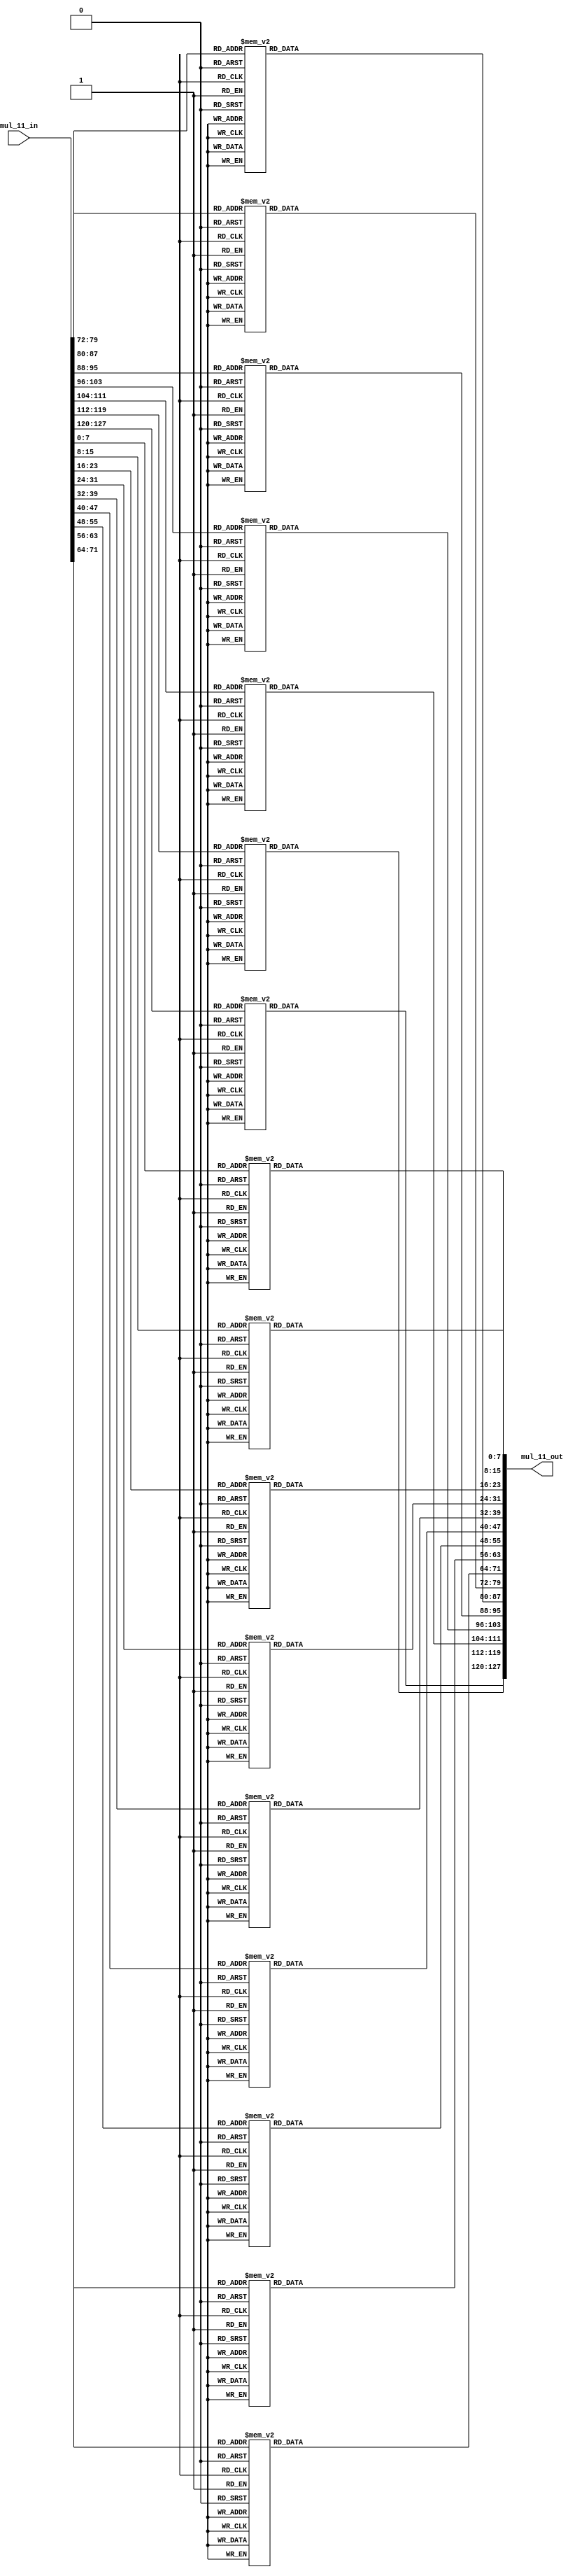
`timescale 1ns / 1ps

module mul_11(
	input [127:0] mul_11_in,
	output [127:0] mul_11_out
	);
	
	reg [127:0] mul_11_in_reg;
	reg [127:0] mul_11_out_reg;
	
	always @*
    begin
	    mul_11_in_reg = mul_11_in;
	    
	    mul_11_out_reg[7:0] = mul_by_11(mul_11_in_reg[7:0]);
	    mul_11_out_reg[15:8] = mul_by_11(mul_11_in_reg[15:8]);
	    mul_11_out_reg[23:16] = mul_by_11(mul_11_in_reg[23:16]);
	    mul_11_out_reg[31:24] = mul_by_11(mul_11_in_reg[31:24]);
	    mul_11_out_reg[39:32] = mul_by_11(mul_11_in_reg[39:32]);
	    mul_11_out_reg[47:40] = mul_by_11(mul_11_in_reg[47:40]);
	    mul_11_out_reg[55:48] = mul_by_11(mul_11_in_reg[55:48]);
	    mul_11_out_reg[63:56] = mul_by_11(mul_11_in_reg[63:56]);
	    mul_11_out_reg[71:64] = mul_by_11(mul_11_in_reg[71:64]);
	    mul_11_out_reg[79:72] = mul_by_11(mul_11_in_reg[79:72]);
	    mul_11_out_reg[87:80] = mul_by_11(mul_11_in_reg[87:80]);
	    mul_11_out_reg[95:88] = mul_by_11(mul_11_in_reg[95:88]);
	    mul_11_out_reg[103:96] = mul_by_11(mul_11_in_reg[103:96]);
	    mul_11_out_reg[111:104] = mul_by_11(mul_11_in_reg[111:104]);
	    mul_11_out_reg[119:112] = mul_by_11(mul_11_in_reg[119:112]);
	    mul_11_out_reg[127:120] = mul_by_11(mul_11_in_reg[127:120]);

	    
    end
    
    assign mul_11_out = mul_11_out_reg;

	function [7:0] mul_by_11;
    input [7:0] x;
 
    case (x)
      8'h00 : mul_by_11 = 8'h00;
      8'h01 : mul_by_11 = 8'h0B;
      8'h02 : mul_by_11 = 8'h16;
      8'h03 : mul_by_11 = 8'h1D;
      8'h04 : mul_by_11 = 8'h2C;
      8'h05 : mul_by_11 = 8'h27;
      8'h06 : mul_by_11 = 8'h3A;
      8'h07 : mul_by_11 = 8'h31;
      8'h08 : mul_by_11 = 8'h58;
      8'h09 : mul_by_11 = 8'h53;
      8'h0A : mul_by_11 = 8'h4E;
      8'h0B : mul_by_11 = 8'h45;
      8'h0C : mul_by_11 = 8'h74;
      8'h0D : mul_by_11 = 8'h7F;
      8'h0E : mul_by_11 = 8'h62;
      8'h0F : mul_by_11 = 8'h69;
      8'h10 : mul_by_11 = 8'hB0;
      8'h11 : mul_by_11 = 8'hBB;
      8'h12 : mul_by_11 = 8'hA6;
      8'h13 : mul_by_11 = 8'hAD;
      8'h14 : mul_by_11 = 8'h9C;
      8'h15 : mul_by_11 = 8'h97;
      8'h16 : mul_by_11 = 8'h8A;
      8'h17 : mul_by_11 = 8'h81;
      8'h18 : mul_by_11 = 8'hE8;
      8'h19 : mul_by_11 = 8'hE3;
      8'h1A : mul_by_11 = 8'hFE;
      8'h1B : mul_by_11 = 8'hF5;
      8'h1C : mul_by_11 = 8'hC4;
      8'h1D : mul_by_11 = 8'hCF;
      8'h1E : mul_by_11 = 8'hD2;
      8'h1F : mul_by_11 = 8'hD9;
      8'h20 : mul_by_11 = 8'h7B;
      8'h21 : mul_by_11 = 8'h70;
      8'h22 : mul_by_11 = 8'h6D;
      8'h23 : mul_by_11 = 8'h66;
      8'h24 : mul_by_11 = 8'h57;
      8'h25 : mul_by_11 = 8'h5C;
      8'h26 : mul_by_11 = 8'h41;
      8'h27 : mul_by_11 = 8'h4A;
      8'h28 : mul_by_11 = 8'h23;
      8'h29 : mul_by_11 = 8'h28;
      8'h2A : mul_by_11 = 8'h35;
      8'h2B : mul_by_11 = 8'h3E;
      8'h2C : mul_by_11 = 8'h0F;
      8'h2D : mul_by_11 = 8'h04;
      8'h2E : mul_by_11 = 8'h19;
      8'h2F : mul_by_11 = 8'h12;
      8'h30 : mul_by_11 = 8'hCB;
      8'h31 : mul_by_11 = 8'hC0;
      8'h32 : mul_by_11 = 8'hDD;
      8'h33 : mul_by_11 = 8'hD6;
      8'h34 : mul_by_11 = 8'hE7;
      8'h35 : mul_by_11 = 8'hEC;
      8'h36 : mul_by_11 = 8'hF1;
      8'h37 : mul_by_11 = 8'hFA;
      8'h38 : mul_by_11 = 8'h93;
      8'h39 : mul_by_11 = 8'h98;
      8'h3A : mul_by_11 = 8'h85;
      8'h3B : mul_by_11 = 8'h8E;
      8'h3C : mul_by_11 = 8'hBF;
      8'h3D : mul_by_11 = 8'hB4;
      8'h3E : mul_by_11 = 8'hA9;
      8'h3F : mul_by_11 = 8'hA2;
      8'h40 : mul_by_11 = 8'hF6;
      8'h41 : mul_by_11 = 8'hFD;
      8'h42 : mul_by_11 = 8'hE0;
      8'h43 : mul_by_11 = 8'hEB;
      8'h44 : mul_by_11 = 8'hDA;
      8'h45 : mul_by_11 = 8'hD1;
      8'h46 : mul_by_11 = 8'hCC;
      8'h47 : mul_by_11 = 8'hC7;
      8'h48 : mul_by_11 = 8'hAE;
      8'h49 : mul_by_11 = 8'hA5;
      8'h4A : mul_by_11 = 8'hB8;
      8'h4B : mul_by_11 = 8'hB3;
      8'h4C : mul_by_11 = 8'h82;
      8'h4D : mul_by_11 = 8'h89;
      8'h4E : mul_by_11 = 8'h94;
      8'h4F : mul_by_11 = 8'h9F;
      8'h50 : mul_by_11 = 8'h46;
      8'h51 : mul_by_11 = 8'h4D;
      8'h52 : mul_by_11 = 8'h50;
      8'h53 : mul_by_11 = 8'h5B;
      8'h54 : mul_by_11 = 8'h6A;
      8'h55 : mul_by_11 = 8'h61;
      8'h56 : mul_by_11 = 8'h7C;
      8'h57 : mul_by_11 = 8'h77;
      8'h58 : mul_by_11 = 8'h1E;
      8'h59 : mul_by_11 = 8'h15;
      8'h5A : mul_by_11 = 8'h08;
      8'h5B : mul_by_11 = 8'h03;
      8'h5C : mul_by_11 = 8'h32;
      8'h5D : mul_by_11 = 8'h39;
      8'h5E : mul_by_11 = 8'h24;
      8'h5F : mul_by_11 = 8'h2F;
      8'h60 : mul_by_11 = 8'h8D;
      8'h61 : mul_by_11 = 8'h86;
      8'h62 : mul_by_11 = 8'h9B;
      8'h63 : mul_by_11 = 8'h90;
      8'h64 : mul_by_11 = 8'hA1;
      8'h65 : mul_by_11 = 8'hAA;
      8'h66 : mul_by_11 = 8'hB7;
      8'h67 : mul_by_11 = 8'hBC;
      8'h68 : mul_by_11 = 8'hD5;
      8'h69 : mul_by_11 = 8'hDE;
      8'h6A : mul_by_11 = 8'hC3;
      8'h6B : mul_by_11 = 8'hC8;
      8'h6C : mul_by_11 = 8'hF9;
      8'h6D : mul_by_11 = 8'hF2;
      8'h6E : mul_by_11 = 8'hEF;
      8'h6F : mul_by_11 = 8'hE4;
      8'h70 : mul_by_11 = 8'h3D;
      8'h71 : mul_by_11 = 8'h36;
      8'h72 : mul_by_11 = 8'h2B;
      8'h73 : mul_by_11 = 8'h20;
      8'h74 : mul_by_11 = 8'h11;
      8'h75 : mul_by_11 = 8'h1A;
      8'h76 : mul_by_11 = 8'h07;
      8'h77 : mul_by_11 = 8'h0C;
      8'h78 : mul_by_11 = 8'h65;
      8'h79 : mul_by_11 = 8'h6E;
      8'h7A : mul_by_11 = 8'h73;
      8'h7B : mul_by_11 = 8'h78;
      8'h7C : mul_by_11 = 8'h49;
      8'h7D : mul_by_11 = 8'h42;
      8'h7E : mul_by_11 = 8'h5F;
      8'h7F : mul_by_11 = 8'h54;
      8'h80 : mul_by_11 = 8'hF7;
      8'h81 : mul_by_11 = 8'hFC;
      8'h82 : mul_by_11 = 8'hE1;
      8'h83 : mul_by_11 = 8'hEA;
      8'h84 : mul_by_11 = 8'hDB;
      8'h85 : mul_by_11 = 8'hD0;
      8'h86 : mul_by_11 = 8'hCD;
      8'h87 : mul_by_11 = 8'hC6;
      8'h88 : mul_by_11 = 8'hAF;
      8'h89 : mul_by_11 = 8'hA4;
      8'h8A : mul_by_11 = 8'hB9;
      8'h8B : mul_by_11 = 8'hB2;
      8'h8C : mul_by_11 = 8'h83;
      8'h8D : mul_by_11 = 8'h88;
      8'h8E : mul_by_11 = 8'h95;
      8'h8F : mul_by_11 = 8'h9E;
      8'h90 : mul_by_11 = 8'h47;
      8'h91 : mul_by_11 = 8'h4C;
      8'h92 : mul_by_11 = 8'h51;
      8'h93 : mul_by_11 = 8'h5A;
      8'h94 : mul_by_11 = 8'h6B;
      8'h95 : mul_by_11 = 8'h60;
      8'h96 : mul_by_11 = 8'h7D;
      8'h97 : mul_by_11 = 8'h76;
      8'h98 : mul_by_11 = 8'h1F;
      8'h99 : mul_by_11 = 8'h14;
      8'h9A : mul_by_11 = 8'h09;
      8'h9B : mul_by_11 = 8'h02;
      8'h9C : mul_by_11 = 8'h33;
      8'h9D : mul_by_11 = 8'h38;
      8'h9E : mul_by_11 = 8'h25;
      8'h9F : mul_by_11 = 8'h2E;
      8'hA0 : mul_by_11 = 8'h8C;
      8'hA1 : mul_by_11 = 8'h87;
      8'hA2 : mul_by_11 = 8'h9A;
      8'hA3 : mul_by_11 = 8'h91;
      8'hA4 : mul_by_11 = 8'hA0;
      8'hA5 : mul_by_11 = 8'hAB;
      8'hA6 : mul_by_11 = 8'hB6;
      8'hA7 : mul_by_11 = 8'hBD;
      8'hA8 : mul_by_11 = 8'hD4;
      8'hA9 : mul_by_11 = 8'hDF;
      8'hAA : mul_by_11 = 8'hC2;
      8'hAB : mul_by_11 = 8'hC9;
      8'hAC : mul_by_11 = 8'hF8;
      8'hAD : mul_by_11 = 8'hF3;
      8'hAE : mul_by_11 = 8'hEE;
      8'hAF : mul_by_11 = 8'hE5;
      8'hB0 : mul_by_11 = 8'h3C;
      8'hB1 : mul_by_11 = 8'h37;
      8'hB2 : mul_by_11 = 8'h2A;
      8'hB3 : mul_by_11 = 8'h21;
      8'hB4 : mul_by_11 = 8'h10;
      8'hB5 : mul_by_11 = 8'h1B;
      8'hB6 : mul_by_11 = 8'h06;
      8'hB7 : mul_by_11 = 8'h0D;
      8'hB8 : mul_by_11 = 8'h64;
      8'hB9 : mul_by_11 = 8'h6F;
      8'hBA : mul_by_11 = 8'h72;
      8'hBB : mul_by_11 = 8'h79;
      8'hBC : mul_by_11 = 8'h48;
      8'hBD : mul_by_11 = 8'h43;
      8'hBE : mul_by_11 = 8'h5E;
      8'hBF : mul_by_11 = 8'h55;
      8'hC0 : mul_by_11 = 8'h01;
      8'hC1 : mul_by_11 = 8'h0A;
      8'hC2 : mul_by_11 = 8'h17;
      8'hC3 : mul_by_11 = 8'h1C;
      8'hC4 : mul_by_11 = 8'h2D;
      8'hC5 : mul_by_11 = 8'h26;
      8'hC6 : mul_by_11 = 8'h3B;
      8'hC7 : mul_by_11 = 8'h30;
      8'hC8 : mul_by_11 = 8'h59;
      8'hC9 : mul_by_11 = 8'h52;
      8'hCA : mul_by_11 = 8'h4F;
      8'hCB : mul_by_11 = 8'h44;
      8'hCC : mul_by_11 = 8'h75;
      8'hCD : mul_by_11 = 8'h7E;
      8'hCE : mul_by_11 = 8'h63;
      8'hCF : mul_by_11 = 8'h68;
      8'hD0 : mul_by_11 = 8'hB1;
      8'hD1 : mul_by_11 = 8'hBA;
      8'hD2 : mul_by_11 = 8'hA7;
      8'hD3 : mul_by_11 = 8'hAC;
      8'hD4 : mul_by_11 = 8'h9D;
      8'hD5 : mul_by_11 = 8'h96;
      8'hD6 : mul_by_11 = 8'h8B;
      8'hD7 : mul_by_11 = 8'h80;
      8'hD8 : mul_by_11 = 8'hE9;
      8'hD9 : mul_by_11 = 8'hE2;
      8'hDA : mul_by_11 = 8'hFF;
      8'hDB : mul_by_11 = 8'hF4;
      8'hDC : mul_by_11 = 8'hC5;
      8'hDD : mul_by_11 = 8'hCE;
      8'hDE : mul_by_11 = 8'hD3;
      8'hDF : mul_by_11 = 8'hD8;
      8'hE0 : mul_by_11 = 8'h7A;
      8'hE1 : mul_by_11 = 8'h71;
      8'hE2 : mul_by_11 = 8'h6C;
      8'hE3 : mul_by_11 = 8'h67;
      8'hE4 : mul_by_11 = 8'h56;
      8'hE5 : mul_by_11 = 8'h5D;
      8'hE6 : mul_by_11 = 8'h40;
      8'hE7 : mul_by_11 = 8'h4B;
      8'hE8 : mul_by_11 = 8'h22;
      8'hE9 : mul_by_11 = 8'h29;
      8'hEA : mul_by_11 = 8'h34;
      8'hEB : mul_by_11 = 8'h3F;
      8'hEC : mul_by_11 = 8'h0E;
      8'hED : mul_by_11 = 8'h05;
      8'hEE : mul_by_11 = 8'h18;
      8'hEF : mul_by_11 = 8'h13;
      8'hF0 : mul_by_11 = 8'hCA;
      8'hF1 : mul_by_11 = 8'hC1;
      8'hF2 : mul_by_11 = 8'hDC;
      8'hF3 : mul_by_11 = 8'hD7;
      8'hF4 : mul_by_11 = 8'hE6;
      8'hF5 : mul_by_11 = 8'hED;
      8'hF6 : mul_by_11 = 8'hF0;
      8'hF7 : mul_by_11 = 8'hFB;
      8'hF8 : mul_by_11 = 8'h92;
      8'hF9 : mul_by_11 = 8'h99;
      8'hFA : mul_by_11 = 8'h84;
      8'hFB : mul_by_11 = 8'h8F;
      8'hFC : mul_by_11 = 8'hBE;
      8'hFD : mul_by_11 = 8'hB5;
      8'hFE : mul_by_11 = 8'hA8;
      8'hFF : mul_by_11 = 8'hA3;
      default : mul_by_11 = 0;
    endcase
  endfunction
endmodule